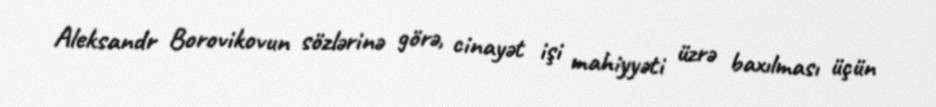
Aleksandr Borovikovun sözlərinə görə, cinayət işi mahiyyəti üzrə baxılması üçün